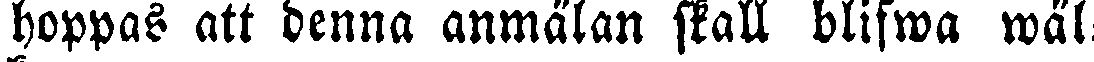
hoppas att denna anmälan stall blifwa wäl-